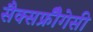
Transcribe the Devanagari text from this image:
सैक्सफ्रीैगेसी